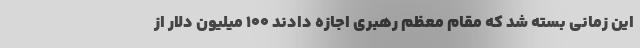
این زمانی بسته شد که مقام معظم رهبری اجازه دادند ۱۰۰ میلیون دلار از